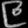
Digit: ၉